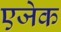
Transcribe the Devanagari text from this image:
एजेक